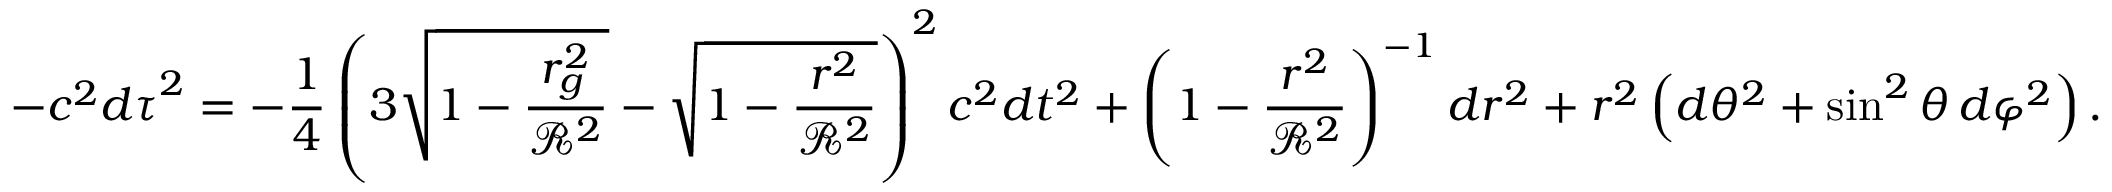
- c ^ { 2 } { d \tau } ^ { 2 } = - { \frac { 1 } { 4 } } \left( 3 { \sqrt { 1 - { \frac { r _ { g } ^ { 2 } } { { \mathcal { R } } ^ { 2 } } } } } - { \sqrt { 1 - { \frac { r ^ { 2 } } { { \mathcal { R } } ^ { 2 } } } } } \right) ^ { 2 } c ^ { 2 } d t ^ { 2 } + \left( 1 - { \frac { r ^ { 2 } } { { \mathcal { R } } ^ { 2 } } } \right) ^ { - 1 } d r ^ { 2 } + r ^ { 2 } \left( d \theta ^ { 2 } + \sin ^ { 2 } \theta \, d \varphi ^ { 2 } \right) .